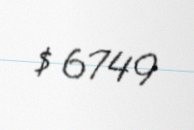
$ 6749